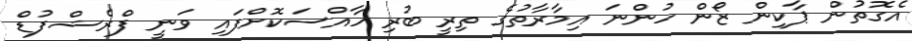
އެގޮތުން ޕާކިން ޒޯން ހުންނަ އިމާރާތުގެ ތިރީ ބުރި ހާއްސަކޮށްފައި ވަނީ ފްރެޝްފުޑް